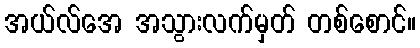
အယ်လ်အေ အသွားလက်မှတ် တစ်စောင်။